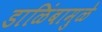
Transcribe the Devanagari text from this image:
डाळिंबामुळे